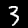
Digit: 3